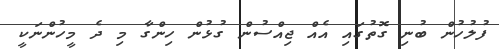
ފުލުހުން ބުނި ގޮތުގައި އެއް ޖިއްސުން ގުޅުން ހިންގާ މި ދެ މީހުންނަކީ